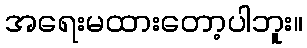
အရေးမထားတော့ပါဘူး။